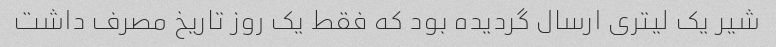
شیر یک لیتری ارسال گردیده بود که فقط یک روز تاریخ مصرف داشت